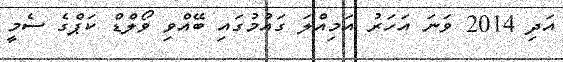
އަދި 2014 ވަނަ އަހަރު އަމިއްލަ ގައުމުގައި ބޭއްވި ވޯލްޑް ކަޕްގެ ސެމީ